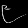
Digit: ၉